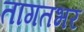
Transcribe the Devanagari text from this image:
तागतभर